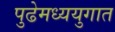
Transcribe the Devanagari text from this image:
पुढेमध्ययुगात